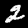
Digit: 2